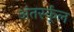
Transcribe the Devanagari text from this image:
अंतर्स्कूल